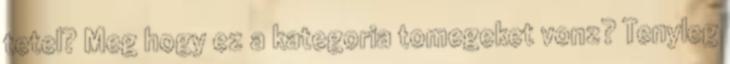
tetel? Meg hogy ez a kategoria tomegeket vonz? Tenyleg